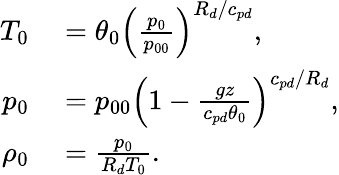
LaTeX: \begin{array}{rl}{T_{0}}&{{}=\theta_{0}\left(\frac{p_{0}}{p_{00}}\right)^{R_{d}/c_{pd}},}\\ {p_{0}}&{{}=p_{00}\left(1-\frac{gz}{c_{pd}\theta_{0}}\right)^{c_{pd}/R_{d}},}\\ {\rho_{0}}&{{}=\frac{p_{0}}{R_{d}T_{0}}.}\end{array}